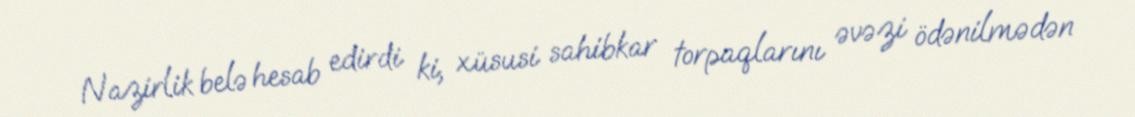
Nazirlik belə hesab edirdi ki, xüsusi sahibkar torpaqlarını əvəzi ödənilmədən